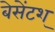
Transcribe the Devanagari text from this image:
बेसेंटश्